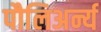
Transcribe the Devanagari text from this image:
पौलिअर्न्य